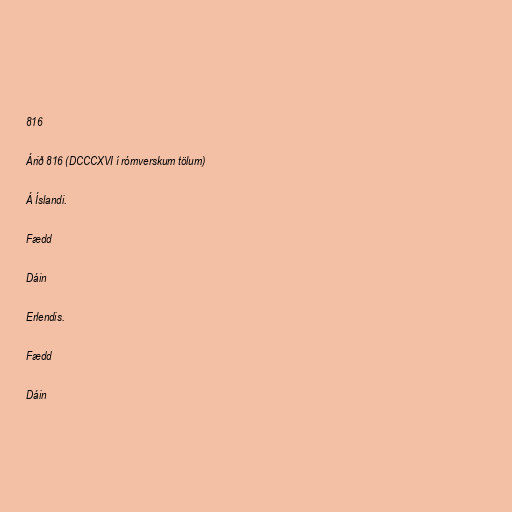
816

Árið 816 (DCCCXVI í rómverskum tölum)

Á Íslandi.

Fædd

Dáin

Erlendis.

Fædd

Dáin